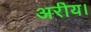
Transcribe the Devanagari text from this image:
अरीय।